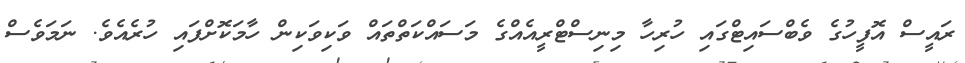
ރައީސް އޮފީހުގެ ވެބްސައިޓްގައި ހުރިހާ މިނިސްޓްރީއެއްގެ މަސައްކަތްތައް ވަކިވަކިން ހާމަކޮށްފައި ހުރެއެވެ. ނަމަވެސް